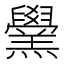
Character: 𦏗